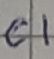
Text: C1